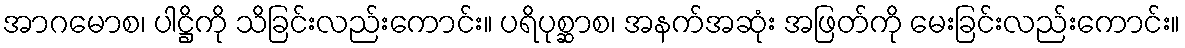
အာဂမောစ၊ ပါဋ္ဌိကို သိခြင်းလည်းကောင်း။ ပရိပုစ္ဆာစ၊ အနက်အဆုံး အဖြတ်ကို မေးခြင်းလည်းကောင်း။